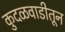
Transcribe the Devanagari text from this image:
कुदळवाडीतून